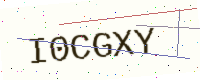
Text: I0CGXY